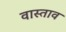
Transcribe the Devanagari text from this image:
वास्ताव